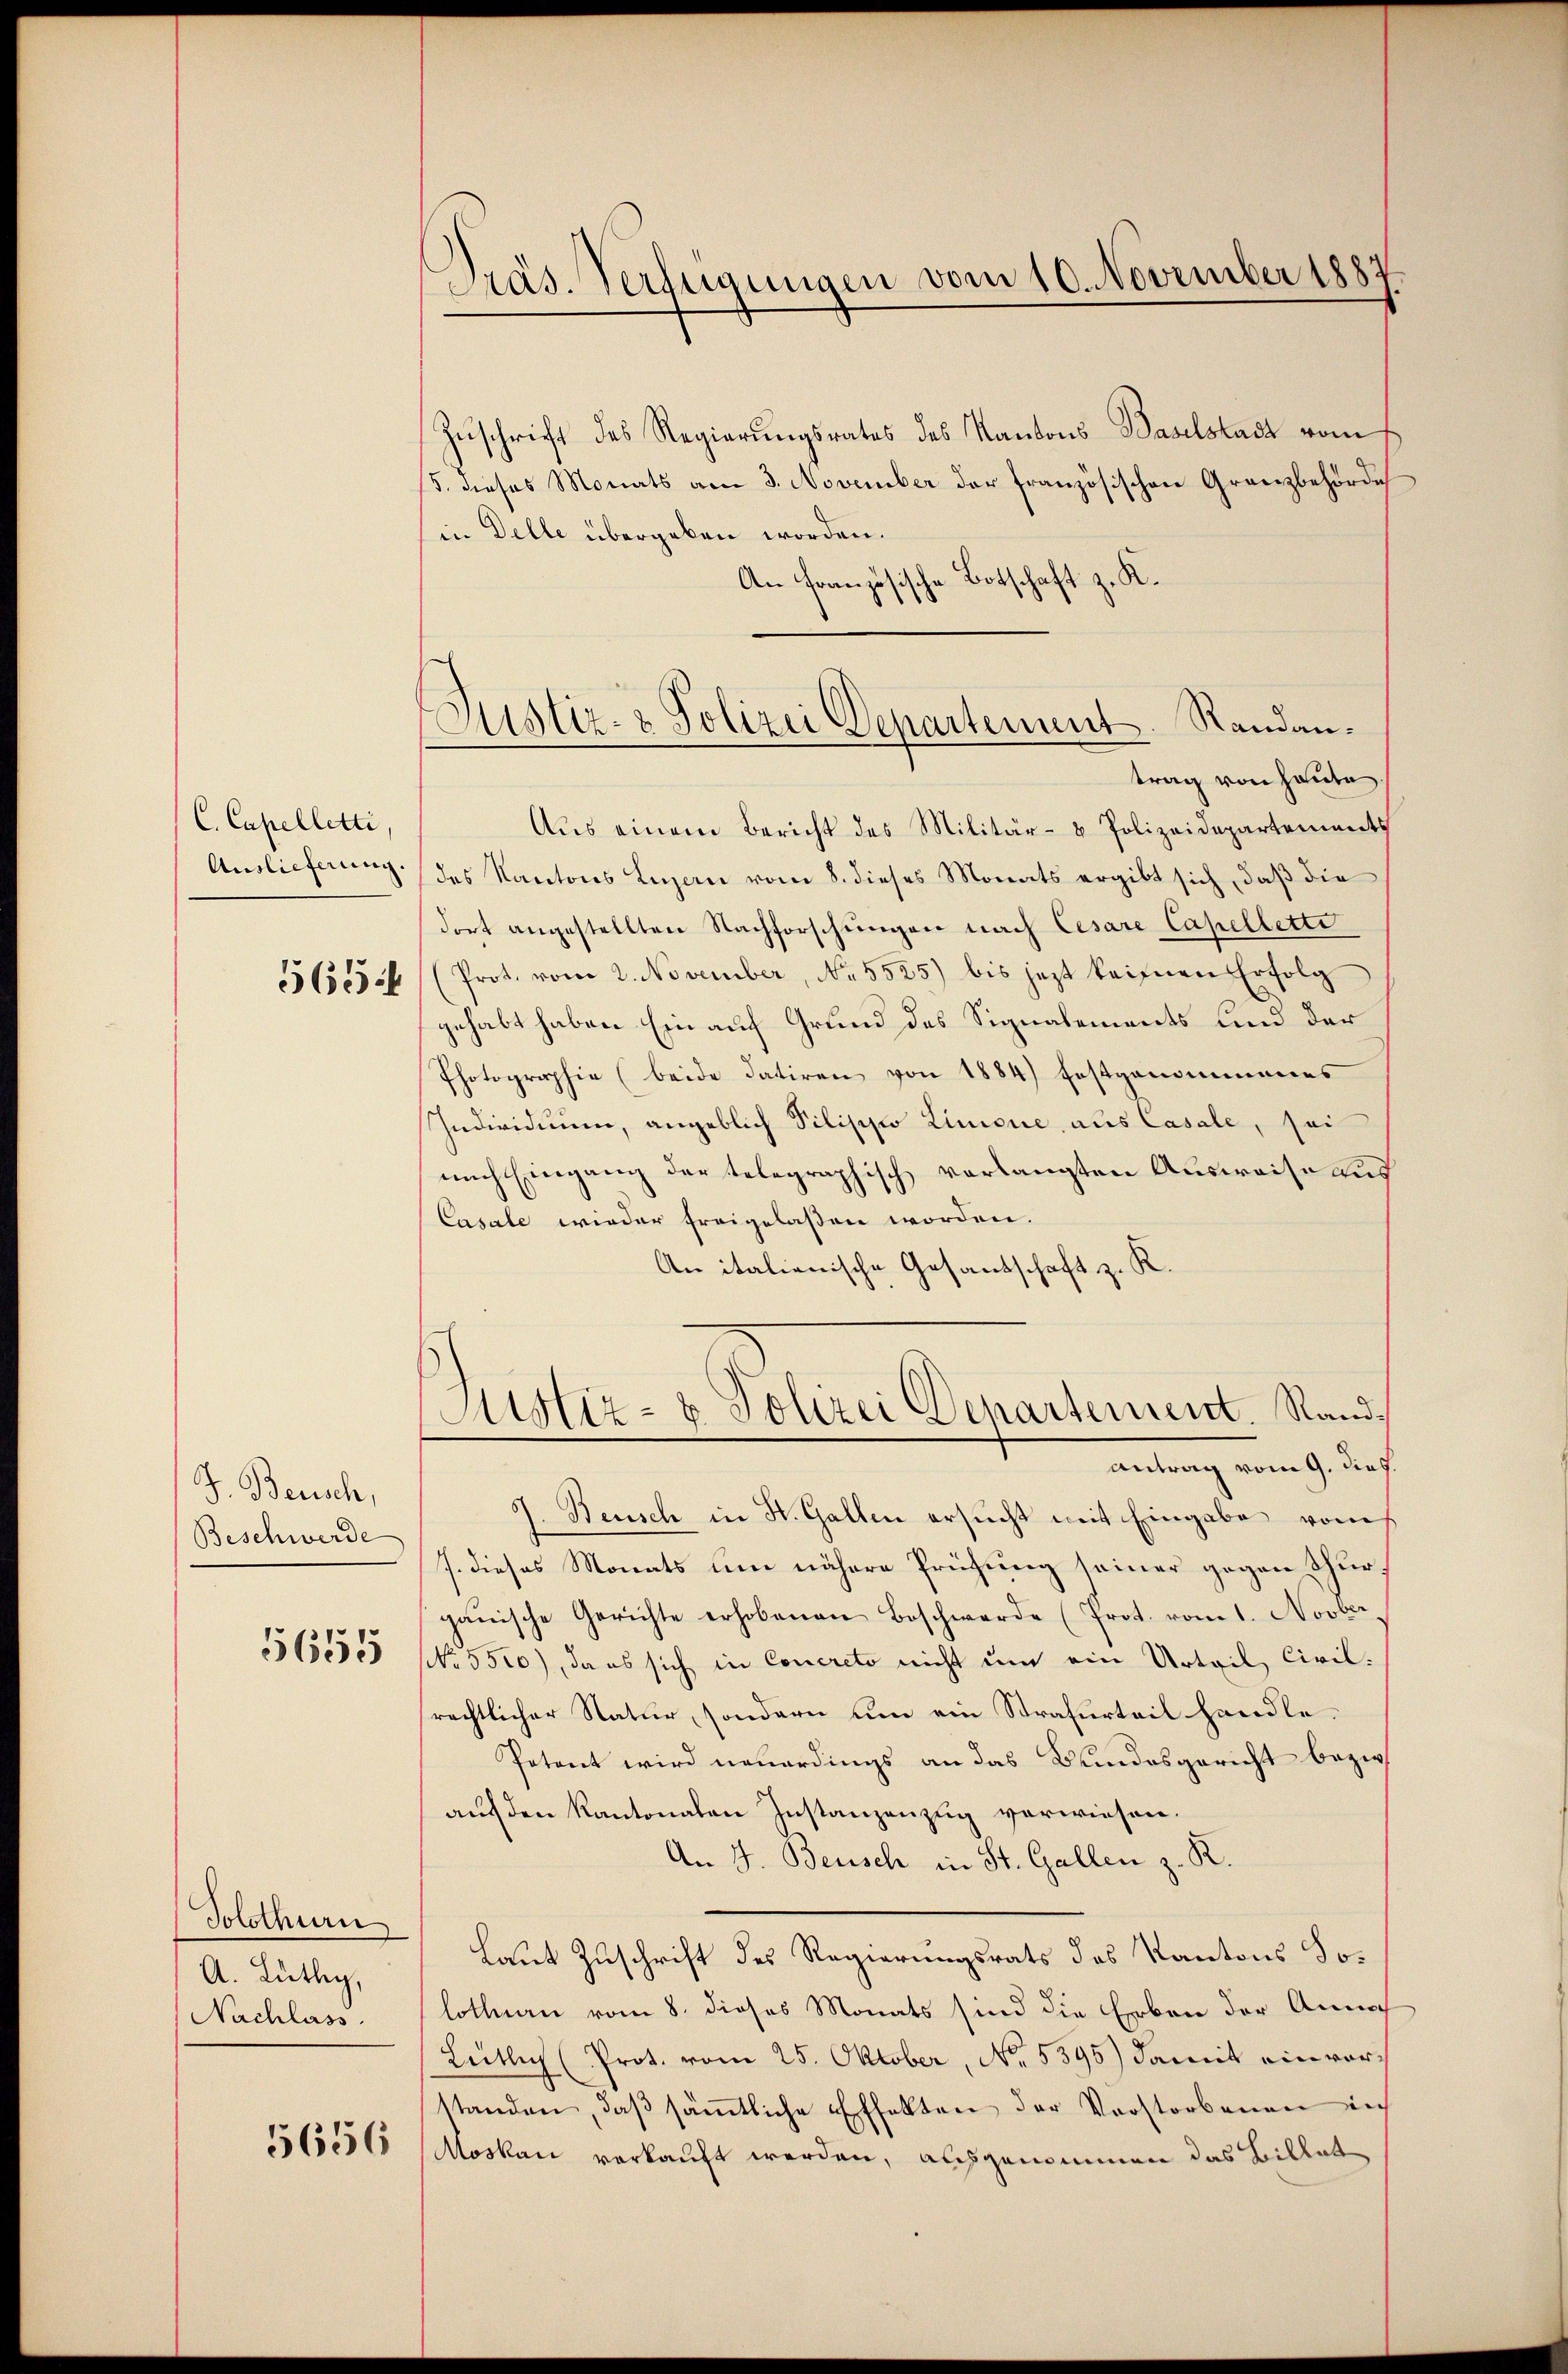
C. Capelletti,
Auslieferung.

565:

J. Beusch,
Beschwerde

5655

Solothurn
A. Lüthy,
Nachlass.

5656

Präs. Verfügungen vom 10. November 1887.

Justiz- & Polizei Departement. Standan¬

Zuschrift des Regierungsrates des Kantons Baselstadt vom
S. dieses Monats am 3. November der französischen Granzbehörde
in Delle übergeben worden.
An Französische Botschaft z. K.
trag von heute.
Aŭs einem Bericht des Militär- & Polizeidepartements
des Kantons Luzan vom 8. dieses Monats ergibt sich, daß die
dort angestellten Nachforschungen nach Cesare Capellette
(Prot. vom 2. November, No. 5525) bis jezt keinen Erfolg
gehabt haben Ein auf Grund des Signalements und der
Photographie (beide datiren von 1884) festgenommenes
Individium, angeblich Pilippo Limonie, aus Casale, sei
nach Eingang der telegraphisch verlangten Ausweise aus
Casale wieder freigelassen worden.
An italienische Gesandschaft z. K
Mustiz- & Polizei Departement. Sandantrag vom 9. dies.
7. Beusch in St. Gallen ersucht mit Eingabe vom
J. dieses Monats line nähere Prüfung seiner gegen Thurganische Gerichte erhobenen Beschwerde (Prot. vom 1. Novber.
No 5500), da es sich in Concreto nicht um ein Urteil, Civilrechtlicher Natur, sondern um ein Strafurteil handle.
Potent wird neuerdings an das Bundesgericht bezir
auf den Kantonalen Instanzenzug vorwiesen.
An 4. Beusch in St. Gallen z. R.
Laut Zuschrift des Regierungsrats des Kantons Solothurn vom 8. dieses Monats sind die Erben der Annah
Lütlin (Prot. vom 25. Oktober, No. 5395) damit einvorstanden, daβ sämtliche Effekten der Vorstorbenen ich
Moskau verkauft werden, auch genommen das Billat